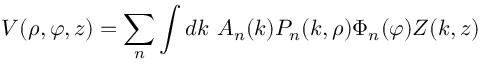
V ( \rho , \varphi , z ) = \sum _ { n } \int d k \, \, A _ { n } ( k ) P _ { n } ( k , \rho ) \Phi _ { n } ( \varphi ) Z ( k , z )